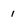
Character: 1